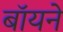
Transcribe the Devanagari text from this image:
बॉयने